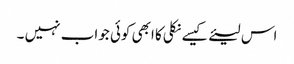
اس لیئے کیسے نکلی کا ابھی کوئی جواب نہیں ۔